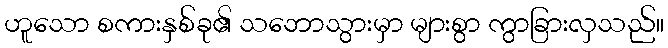
ဟူသော စကားနှစ်ခု၏ သဘောသွားမှာ များစွာ ကွာခြားလှသည်။